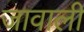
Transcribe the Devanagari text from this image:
जावाली